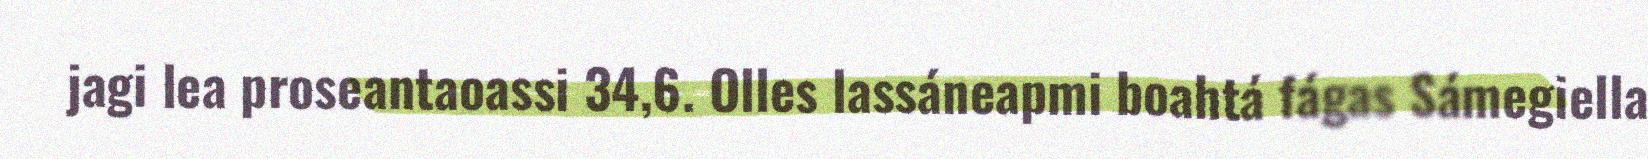
jagi lea proseantaoassi 34,6. Olles lassáneapmi boahtá fágas Sámegiella